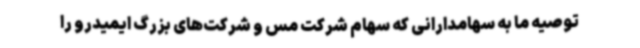
توصیه ما به سهامدارانی که سهام شرکت مس و شرکت‌های بزرگ ایمیدرو را